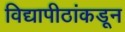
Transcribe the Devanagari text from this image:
विद्यापीठांकडून